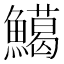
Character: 𩼙